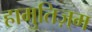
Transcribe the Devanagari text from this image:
हामुतिज़्म